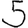
Digit: 5